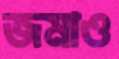
জমাও